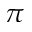
\pi